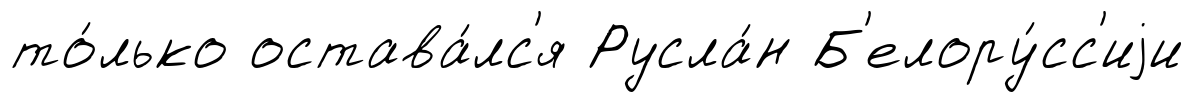
то́лько остава́лс'я Русла́н Б'елору́сс'иjи